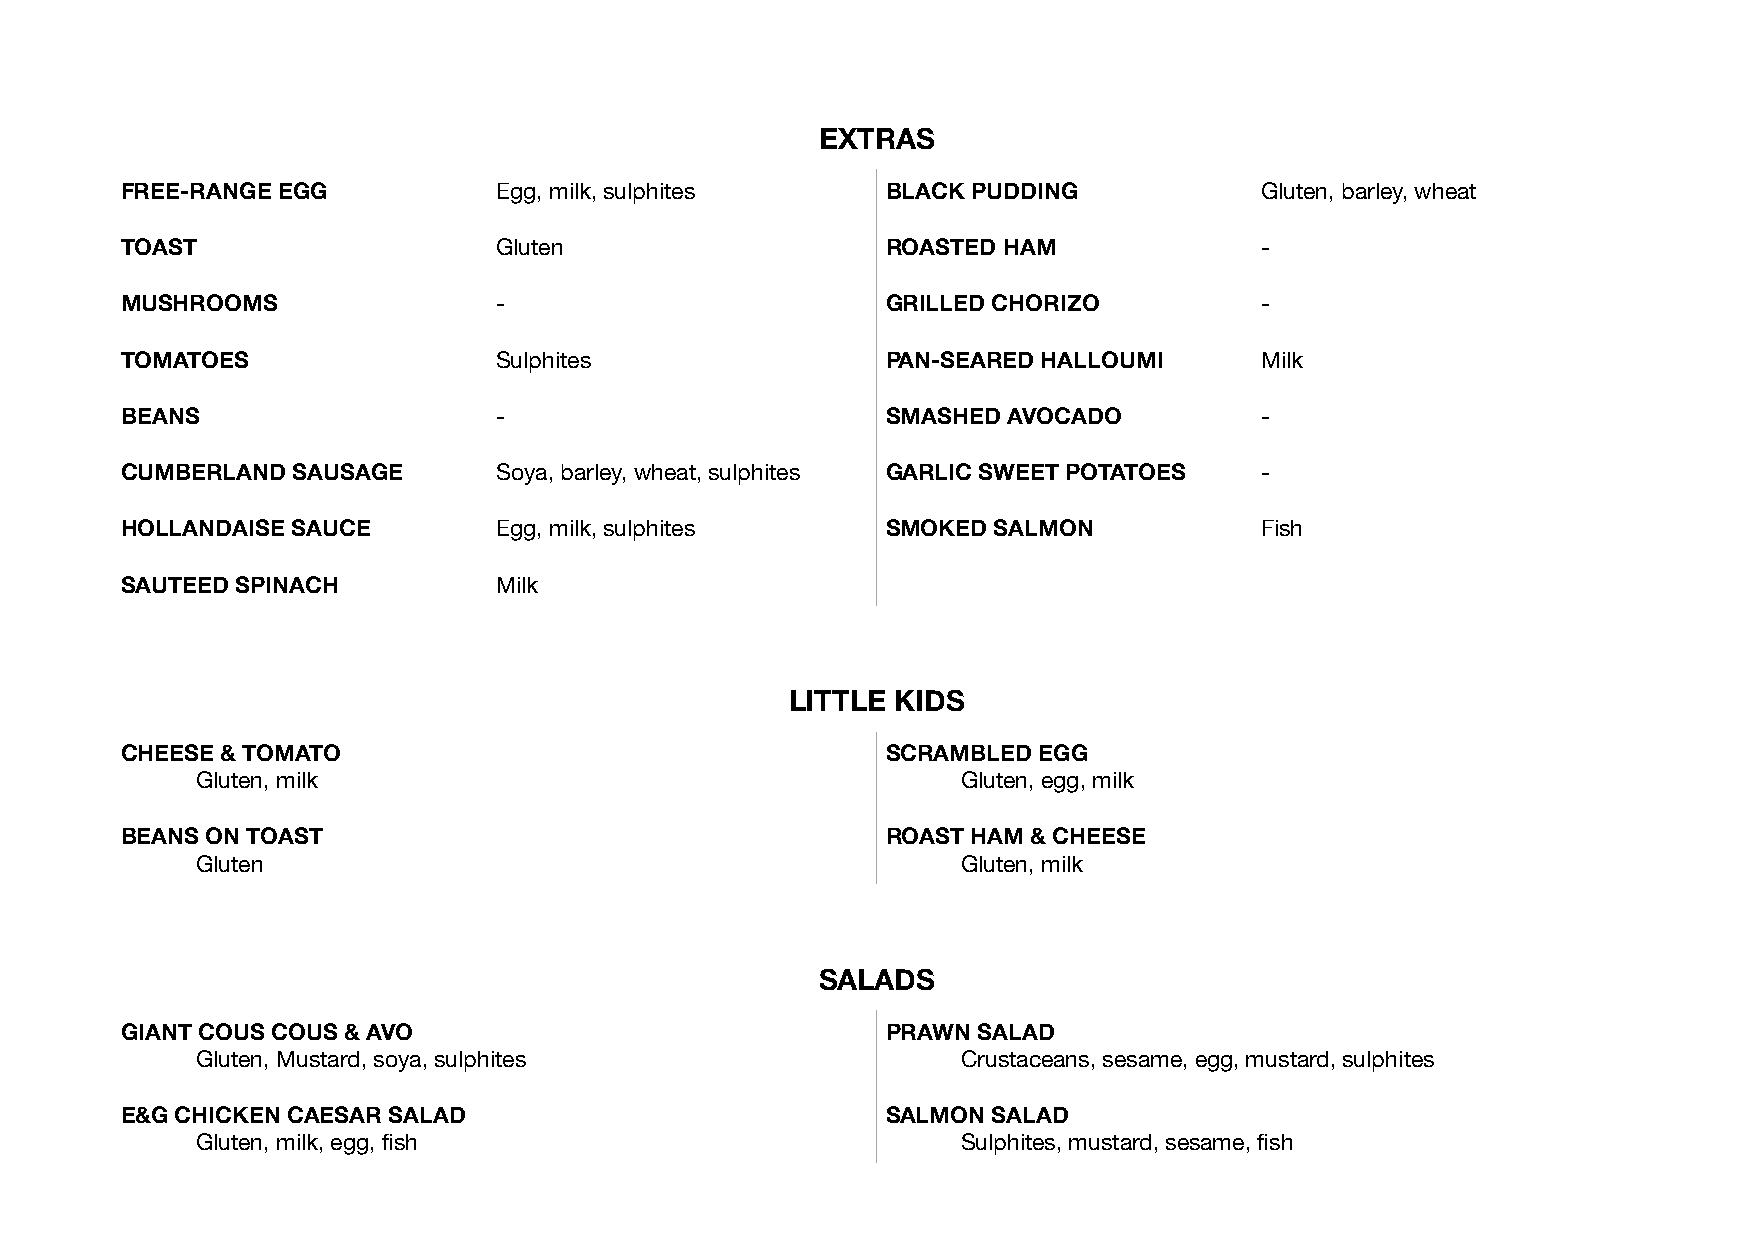
EXTRAS
 FREE-RANGE EGG           Egg, milk, sulphites      BLACK PUDDING           Gluten, barley, wheat
 TOAST                    Gluten                    ROASTED HAM             -
 MUSHROOMS                -                         GRILLED CHORIZO         -
 TOMATOES                 Sulphites                 PAN-SEARED HALLOUMI     Milk
 BEANS                    -                         SMASHED AVOCADO         -
 CUMBERLAND SAUSAGE       Soya, barley, wheat, sulphites GARLIC SWEET POTATOES -
 HOLLANDAISE SAUCE        Egg, milk, sulphites      SMOKED SALMON           Fish
 SAUTEED SPINACH          Milk
 LITTLE KIDS
 CHEESE & TOMATO                                    SCRAMBLED EGG
 Gluten, milk                                       Gluten, egg, milk
 BEANS ON TOAST                                     ROAST HAM & CHEESE
 Gluten                                             Gluten, milk
 SALADS
 GIANT COUS COUS & AVO                              PRAWN SALAD
 Gluten, Mustard, soya, sulphites                   Crustaceans, sesame, egg, mustard, sulphites
 E&G CHICKEN CAESAR SALAD                           SALMON SALAD
 Gluten, milk, egg, fish                            Sulphites, mustard, sesame, fish